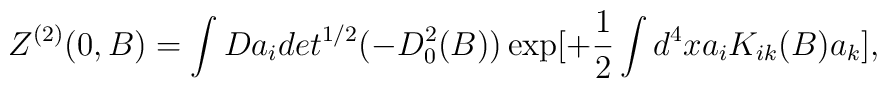
Z^{(2)}(0,B) = \int Da_i det^{1/2} (-D^2_0 (B))\exp [+\frac{1}{2} \int d^4 xa_i K_{ik}(B) a_k],